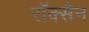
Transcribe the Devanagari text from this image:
रॉक्सैन